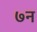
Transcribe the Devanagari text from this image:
७न